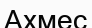
Ахмес